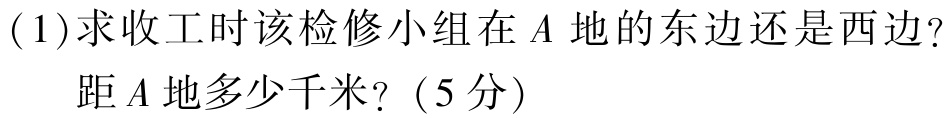
(1)求收工时该检修小组在\(A\)地的东边还是西边？
距\(A\)地多少千米？（5分）